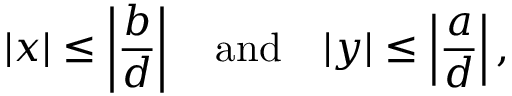
| x | \leq \left| { \frac { b } { d } } \right| \quad { \mathrm { a n d } } \quad | y | \leq \left| { \frac { a } { d } } \right| ,